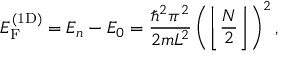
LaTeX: E _ { \mathrm { F } } ^ { ( { \mathrm { 1 D } } ) } = E _ { n } - E _ { 0 } = { \frac { \hbar ^ { 2 } \pi ^ { 2 } } { 2 m L ^ { 2 } } } \left( \left\lfloor { \frac { N } { 2 } } \right\rfloor \right) ^ { 2 } ,